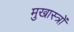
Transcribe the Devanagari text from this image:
मुखास्त्रों